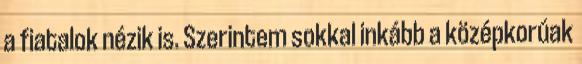
a fiatalok nézik is. Szerintem sokkal inkább a középkorúak